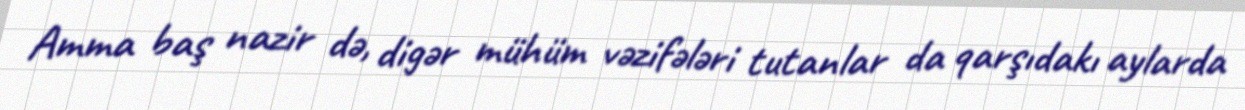
Amma baş nazir də, digər mühüm vəzifələri tutanlar da qarşıdakı aylarda